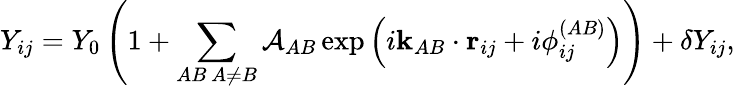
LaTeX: Y_{ij}=Y_{0}\left(1+\sum_{\substack{AB\, A\neq B}}\mathcal{A}_{AB}\exp\left(i\mathbf{k}_{AB}\cdot\mathbf{r}_{ij}+i\phi_{ij}^{(AB)}\right)\right)+\delta Y_{ij},